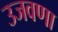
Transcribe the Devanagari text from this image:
उजवणा